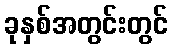
ခုနှစ်အတွင်းတွင်